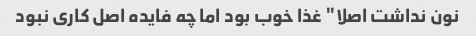
نون نداشت اصلا" غذا خوب بود اما چه فایده اصل کاری نبود